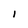
Character: I